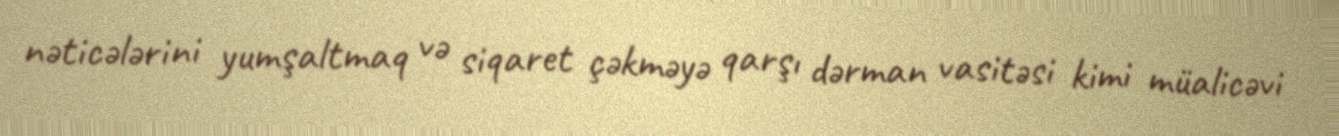
nəticələrini yumşaltmaq və siqaret çəkməyə qarşı dərman vasitəsi kimi müalicəvi